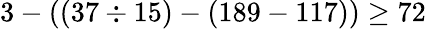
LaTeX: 3-((37\div 15)-(189-117))\geq 72